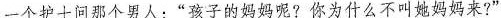
一个护士问那个男人：“孩子的妈妈呢?你为什么不叫她妈妈来?”